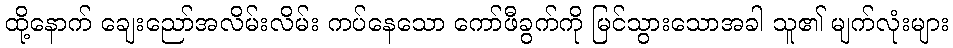
ထို့နောက် ချေးညော်အလိမ်းလိမ်း ကပ်နေသော ကော်ဖီခွက်ကို မြင်သွားသောအခါ သူ၏ မျက်လုံးများ